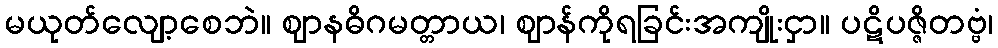
မယုတ်လျော့စေဘဲ။ ဈာနဓိဂမတ္တာယ၊ ဈာန်ကိုရခြင်းအကျိုးငှာ။ ပဋိပဇ္ဇိတဗ္ဗံ၊